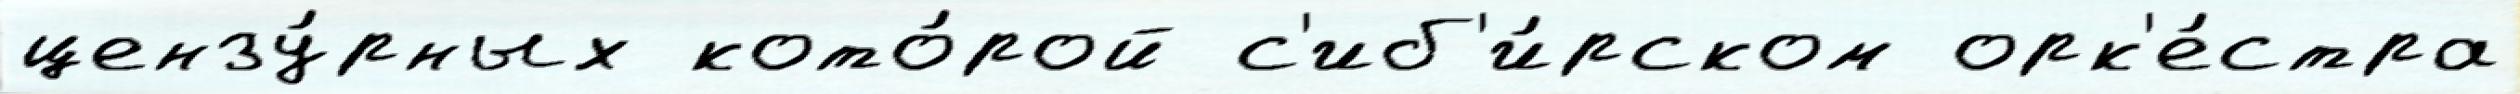
цензу́рных кото́рой с'иб'и́рском орк'е́стра